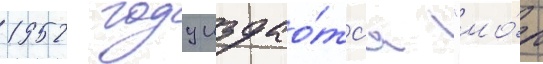
1952 году издао́тс'я "мо́л